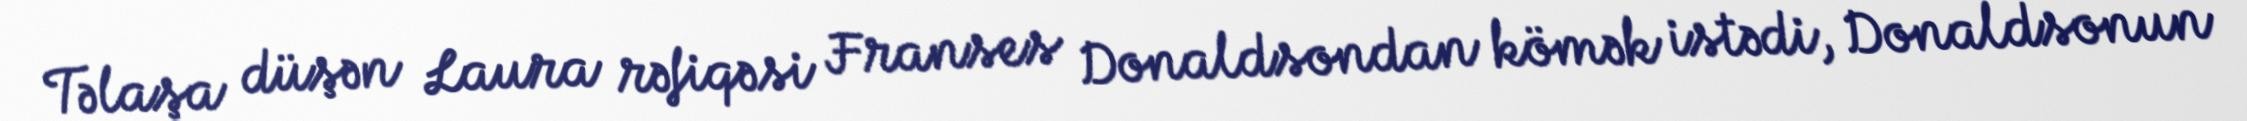
Təlaşa düşən Laura rəfiqəsi Franses Donaldsondan kömək istədi, Donaldsonun